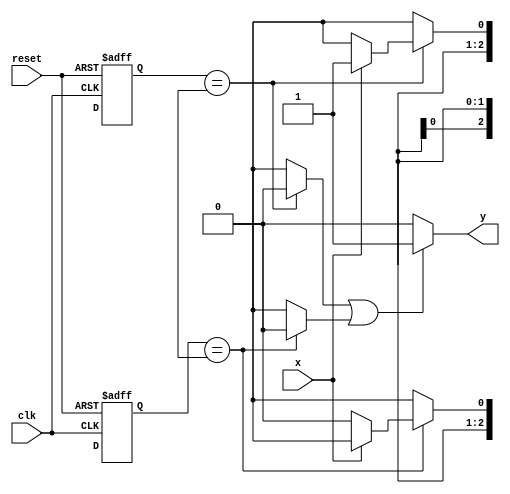
/*
 * Mealy_010_or_101 - MEALY
 * Nome Gabriel Vargas Bento de Souza
 */

/*
 -----------------
 --- Mealy FSM ---
 -----------------
*/

// constant definitions
`define found    1
`define notfound 0

// FSM by Mealy
module mealy_010_or_101 ( y, x, clk, reset );
   output y;
   input  x;
   input  clk;
   input  reset;

   reg    j, k, y;

   parameter          // state identifiers
     start = 3'bxxx,

     idxx1 = 3'bxx1,
     idx01 = 3'bx01,

     idxx0 = 3'bxx0,
     idx10 = 3'bx10;

     reg [2:0] E1a;    // current state variables
     reg [2:0] E1b;    // current state variables
     reg [2:0] E2a;    // next state logic output
     reg [2:0] E2b;    // next state logic output
     
   // next state logic
   always @( x or E1a or E1b )
     begin
        y = `notfound;
        j = 1'b0;
        k = 1'b0;

        // case 101
        case ( E1a )
          start:
            if ( x )
              E2a = idxx1;
            else
              E2a = start;
          idxx1:
            if ( x )
              E2a = idxx1;
            else
              E2a = idx01;
          idx01:
            if ( x )
              begin
                E2a = idxx1;
                j   = 1'b1;
              end
            else
              begin
                E2a = start;
                j   = 1'b0;
              end
          default:     // undefined state
            E2a = 3'bxxx;
        endcase

        // case 010
        case ( E1b )
          start:
            if ( x )
              E2b = start;
            else
              E2b = idxx0;
          idxx0:
            if ( x )
              E2b = idx10;
            else
              E2b = idxx0;
          idx10:
            if ( x )
              begin
                E2b = start;
                k   = 1'b0;
              end
            else
              begin
                E2b = idxx0;
                k   = 1'b1;
              end
          default:     // undefined state
            E2b= 3'bxxx;
        endcase

        if ( j | k )
           y = `found;
        else
           y = `notfound;

     end  // always at signal or state changing

   // state variables
   always @( posedge clk or negedge reset )
     begin
        if ( reset )
          begin
             E1a = E2a;  // updates current state
             E1b = E2b;  // updates current state
          end
        else
          begin
             E1a = 0;   // reset
             E1b = 0;   // reset
          end
     end // always at signal changing

endmodule // mealy_010_or_101